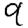
Digit: 9